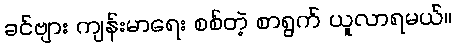
ခင်ဗျား ကျန်းမာရေး စစ်တဲ့ စာရွက် ယူလာရမယ်။